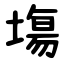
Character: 塲